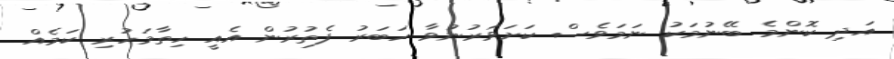
އަދި ކޮންމެ ބޭނުމަކު ނަމަވެސް ކަށަވަރުނުވާ ހަބަރު ފެތުރުން އެއީ ހިތާމަހުރި ކަމެއް